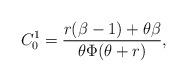
LaTeX: \begin{align*}C^1_0 = \dfrac{r (\beta - 1) + \theta \beta}{\theta \Phi(\theta + r)},\end{align*}